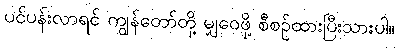
ပင်ပန်းလာရင် ကျွန်တော်တို့ မျှဝေဖို့ စီစဉ်ထားပြီးသားပါ။